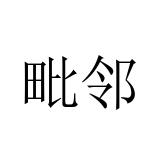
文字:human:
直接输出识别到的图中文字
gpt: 毗邻